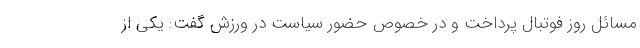
مسائل روز فوتبال پرداخت و در خصوص حضور سیاست در ورزش گفت: یکی از